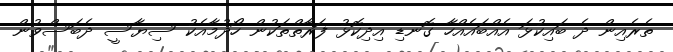
ތެރެއިން ދެ ބައިކުޅަ އެއްބައެއްހާ ގޮނޑި އިދިކޮޅު ފަރާތްތަކުން ހޯދުމާއެކު ސިޔާސީ ދެބަސްވުން